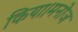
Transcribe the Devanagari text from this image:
किया।मनोज